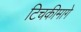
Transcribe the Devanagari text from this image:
टिचकीमागे